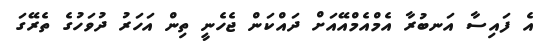
އެ ފައިސާ އަނބުރާ އެމްއެމްއޭއަށް ދައްކަން ޖެހެނީ ތިން އަހަރު ދުވަހުގެ ތެރޭގަ